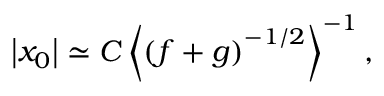
\left| x _ { 0 } \right| \simeq C \left\langle \left( f + g \right) ^ { - 1 / 2 } \right\rangle ^ { - 1 } ,